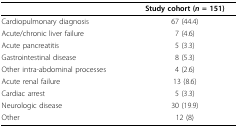
<table><thead><tr><td></td><td><b>Study cohort (<i>n </i>= 151)</b></td></tr></thead><tbody><tr><td>Cardiopulmonary diagnosis</td><td>67 (44.4)</td></tr><tr><td>Acute/chronic liver failure</td><td>7 (4.6)</td></tr><tr><td>Acute pancreatitis</td><td>5 (3.3)</td></tr><tr><td>Gastrointestinal disease</td><td>8 (5.3)</td></tr><tr><td>Other intra-abdominal processes</td><td>4 (2.6)</td></tr><tr><td>Acute renal failure</td><td>13 (8.6)</td></tr><tr><td>Cardiac arrest</td><td>5 (3.3)</td></tr><tr><td>Neurologic disease</td><td>30 (19.9)</td></tr><tr><td>Other</td><td>12 (8)</td></tr></tbody></table>